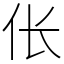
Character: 伥